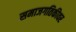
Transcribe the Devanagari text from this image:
समाजगतिकीवर